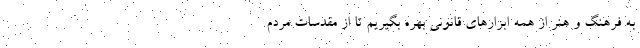
به فرهنگ و هنر از همه ابزارهای قانونی بهره بگیریم تا از مقدسات مردم